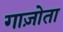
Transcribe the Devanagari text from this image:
गाज़ोता